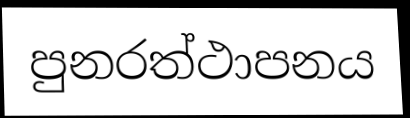
පුනරත්ථාපනය